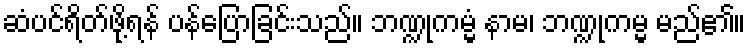
ဆံပင်ရိတ်ဖို့ရန် ပန်ပြောခြင်းသည်။ ဘဏ္ဍုကမ္မံ နာမ၊ ဘဏ္ဍုကမ္မ မည်၏။